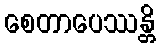
စေတာပေဿန္တိ